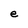
Character: e